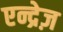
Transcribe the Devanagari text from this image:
एन्द्रेज़